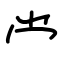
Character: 龸